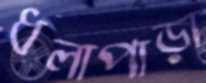
ধলাপাড়া